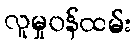
လူမှုဝန်ထမ်း